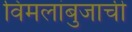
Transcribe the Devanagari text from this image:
विमलांबुजाची